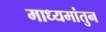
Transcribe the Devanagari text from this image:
माध्यमांतुन